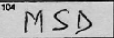
Transcription: MSD